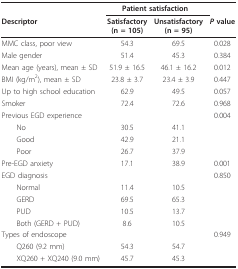
<table><thead><tr><td>[EMPTY_CELL]</td><td colspan="2"><b>Patient satisfaction</b></td><td>[EMPTY_CELL]</td></tr><tr><td><b>Descriptor</b></td><td><b>Satisfactory(n = 105)</b></td><td><b>Unsatisfactory(n = 95)</b></td><td><b><i>P </i>value</b></td></tr></thead><tbody><tr><td>MMC class, poor view</td><td>54.3</td><td>69.5</td><td>0.028</td></tr><tr><td>Male gender</td><td>51.4</td><td>45.3</td><td>0.384</td></tr><tr><td>Mean age (years), mean ± SD</td><td>51.9 ± 16.5</td><td>46.1 ± 16.2</td><td>0.012</td></tr><tr><td>BMI (kg/m<sup>2</sup>), mean ± SD</td><td>23.8 ± 3.7</td><td>23.4 ± 3.9</td><td>0.447</td></tr><tr><td>Up to high school education</td><td>62.9</td><td>49.5</td><td>0.057</td></tr><tr><td>Smoker</td><td>72.4</td><td>72.6</td><td>0.968</td></tr><tr><td>Previous EGD experience</td><td>[EMPTY_CELL]</td><td>[EMPTY_CELL]</td><td>0.004</td></tr><tr><td> No</td><td>30.5</td><td>41.1</td><td>[EMPTY_CELL]</td></tr><tr><td> Good</td><td>42.9</td><td>21.1</td><td>[EMPTY_CELL]</td></tr><tr><td> Poor</td><td>26.7</td><td>37.9</td><td>[EMPTY_CELL]</td></tr><tr><td>Pre-EGD anxiety</td><td>17.1</td><td>38.9</td><td>0.001</td></tr><tr><td>EGD diagnosis</td><td>[EMPTY_CELL]</td><td>[EMPTY_CELL]</td><td>0.850</td></tr><tr><td> Normal</td><td>11.4</td><td>10.5</td><td>[EMPTY_CELL]</td></tr><tr><td> GERD</td><td>69.5</td><td>65.3</td><td>[EMPTY_CELL]</td></tr><tr><td> PUD</td><td>10.5</td><td>13.7</td><td>[EMPTY_CELL]</td></tr><tr><td> Both (GERD + PUD)</td><td>8.6</td><td>10.5</td><td>[EMPTY_CELL]</td></tr><tr><td>Types of endoscope</td><td>[EMPTY_CELL]</td><td>[EMPTY_CELL]</td><td>0.949</td></tr><tr><td> Q260 (9.2 mm)</td><td>54.3</td><td>54.7</td><td>[EMPTY_CELL]</td></tr><tr><td> XQ260 + XQ240 (9.0 mm)</td><td>45.7</td><td>45.3</td><td>[EMPTY_CELL]</td></tr></tbody></table>